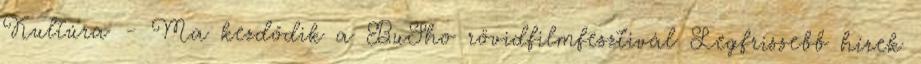
Kultúra - Ma kezdődik a BuSho rövidfilmfesztivál Legfrissebb hírek